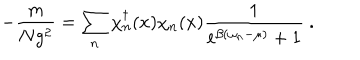
- \frac { m } { N g ^ { 2 } } = \sum _ { n } \chi _ { n } ^ { \dagger } ( x ) \chi _ { n } ( x ) \frac { 1 } { \mathrm { e } ^ { \beta ( \omega _ { n } - \mu ) } + 1 } \ .